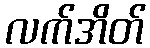
လက်အိတ်